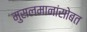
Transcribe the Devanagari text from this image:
मुसलमानांसोबत